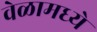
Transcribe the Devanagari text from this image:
वेळामध्ये